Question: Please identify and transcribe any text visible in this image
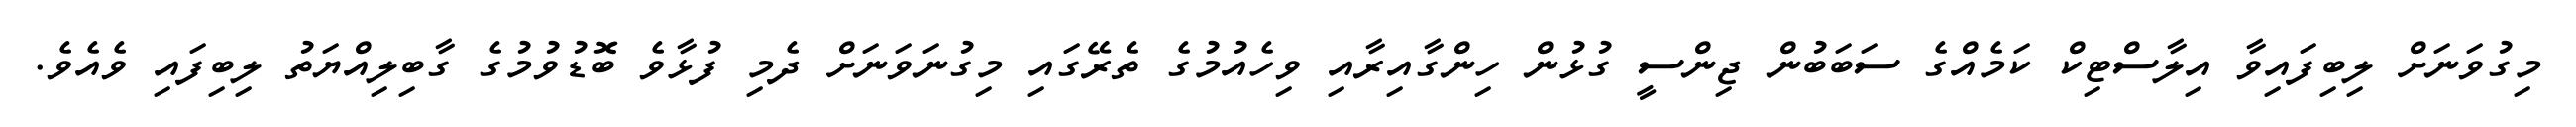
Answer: މިގުވަނަށް ލިބިފައިވާ އިލާސްޓިކް ކަމެއްގެ ސަބަބުން ޖިންސީ ގުޅުން ހިންގާއިރާއި ވިހެއުމުގެ ތެރޭގައި މިގުނަވަނަށް ދެމި ފުޅާވެ ބޮޑުވުމުގެ ގާބިލިއްޔަތު ލިބިފައި ވެއެވެ.